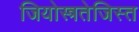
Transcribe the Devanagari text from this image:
जियोस्त्रतेजिस्त